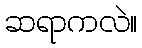
ဆရာကလဲ။